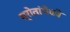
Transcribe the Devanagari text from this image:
स्रोतांपैकी